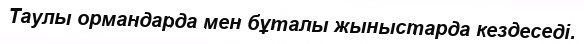
Таулы ормандарда мен бұталы жыныстарда кездеседі.